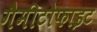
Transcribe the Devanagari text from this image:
गैमीटोफाइट